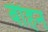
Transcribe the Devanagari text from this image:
बीहन